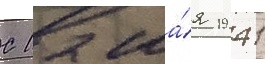
С 12 ма́я 1941